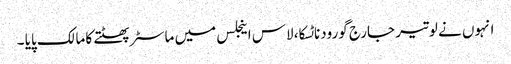
انہوں نے لوتیر جارج گورودناٹسکا، لاس اینجلس میں ماسٹر پھٹتے کا مالک پایا ۔